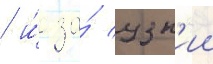
/ и́ за́ узк'ии